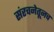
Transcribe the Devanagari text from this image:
संरचनेतूनच